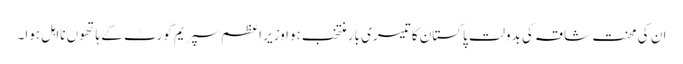
ان کی محنتِ شاقہ کی بدولت پاکستان کا تیسری بار منتخب ہوا وزیر اعظم سپریم کورٹ کے ہاتھوں نااہل ہوا۔